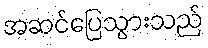
အဆင်ပြေသွားသည်